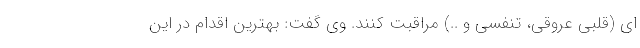
ای (قلبی عروقی، تنفسی و ..) مراقبت کنند. وی گفت: بهترین اقدام در این